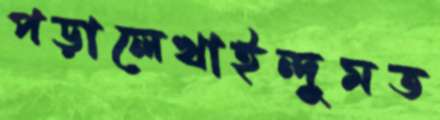
পড়ালেখাইন্দুমত